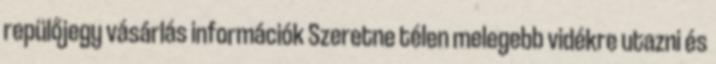
repülőjegy vásárlás információk Szeretne télen melegebb vidékre utazni és